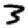
Digit: 3